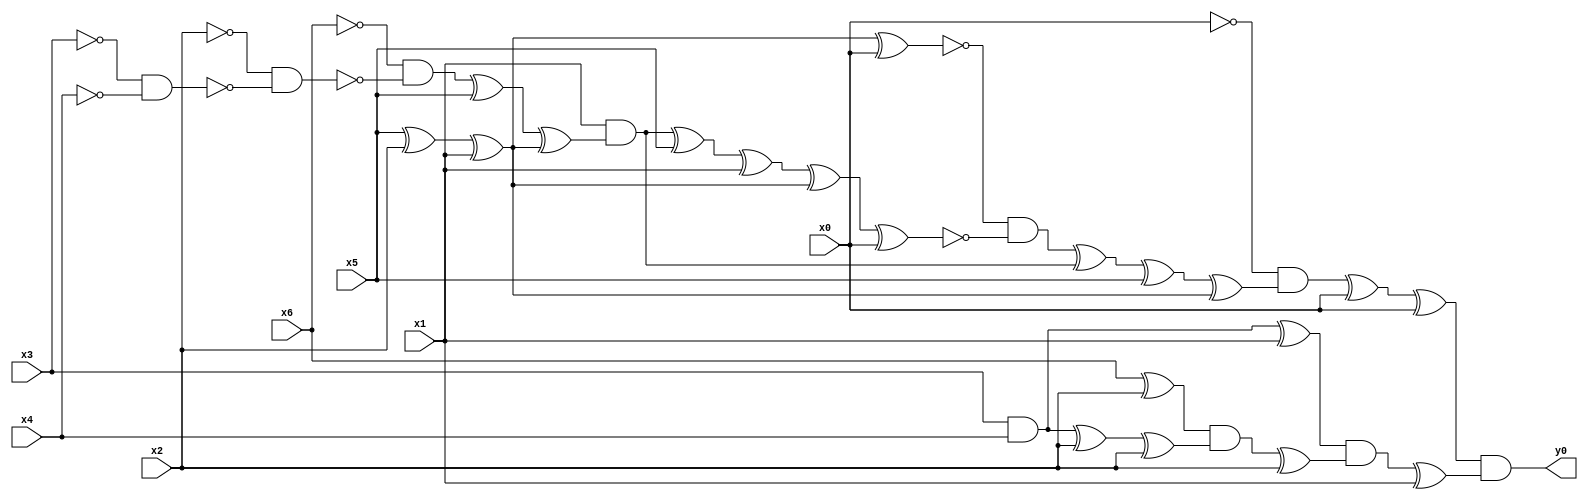
module top( x0 , x1 , x2 , x3 , x4 , x5 , x6 , y0 );
  input x0 , x1 , x2 , x3 , x4 , x5 , x6 ;
  output y0 ;
  wire n8 , n9 , n10 , n11 , n12 , n13 , n14 , n15 , n16 , n17 , n18 , n19 , n20 , n21 , n22 , n23 , n24 , n25 , n26 , n27 , n28 , n29 , n30 , n31 , n32 , n33 , n34 , n35 , n36 , n37 ;
  assign n8 = x5 ^ x2 ;
  assign n9 = n8 ^ x1 ;
  assign n10 = n9 ^ x0 ;
  assign n11 = ~x3 & ~x4 ;
  assign n12 = ~x2 & ~n11 ;
  assign n13 = ~x6 & ~n12 ;
  assign n14 = n13 ^ x5 ;
  assign n15 = n14 ^ n9 ;
  assign n16 = x1 & n15 ;
  assign n17 = n16 ^ x5 ;
  assign n18 = n17 ^ x1 ;
  assign n19 = n18 ^ n9 ;
  assign n20 = n19 ^ x0 ;
  assign n21 = ~n10 & ~n20 ;
  assign n22 = n21 ^ n16 ;
  assign n23 = n22 ^ x5 ;
  assign n24 = n23 ^ n9 ;
  assign n25 = ~x0 & n24 ;
  assign n26 = n25 ^ x0 ;
  assign n27 = n26 ^ x0 ;
  assign n28 = x3 & x4 ;
  assign n29 = n28 ^ x1 ;
  assign n30 = x6 ^ x2 ;
  assign n31 = n28 ^ x2 ;
  assign n32 = n31 ^ x2 ;
  assign n33 = n30 & n32 ;
  assign n34 = n33 ^ x2 ;
  assign n35 = n29 & n34 ;
  assign n36 = n35 ^ x1 ;
  assign n37 = n27 & n36 ;
  assign y0 = n37 ;
endmodule